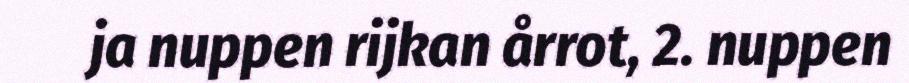
ja nuppen rijkan årrot, 2. nuppen